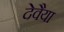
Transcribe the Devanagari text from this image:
देवैया